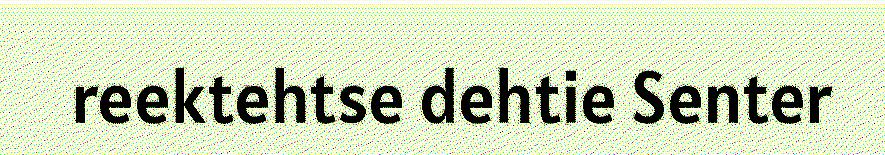
reektehtse dehtie Senter